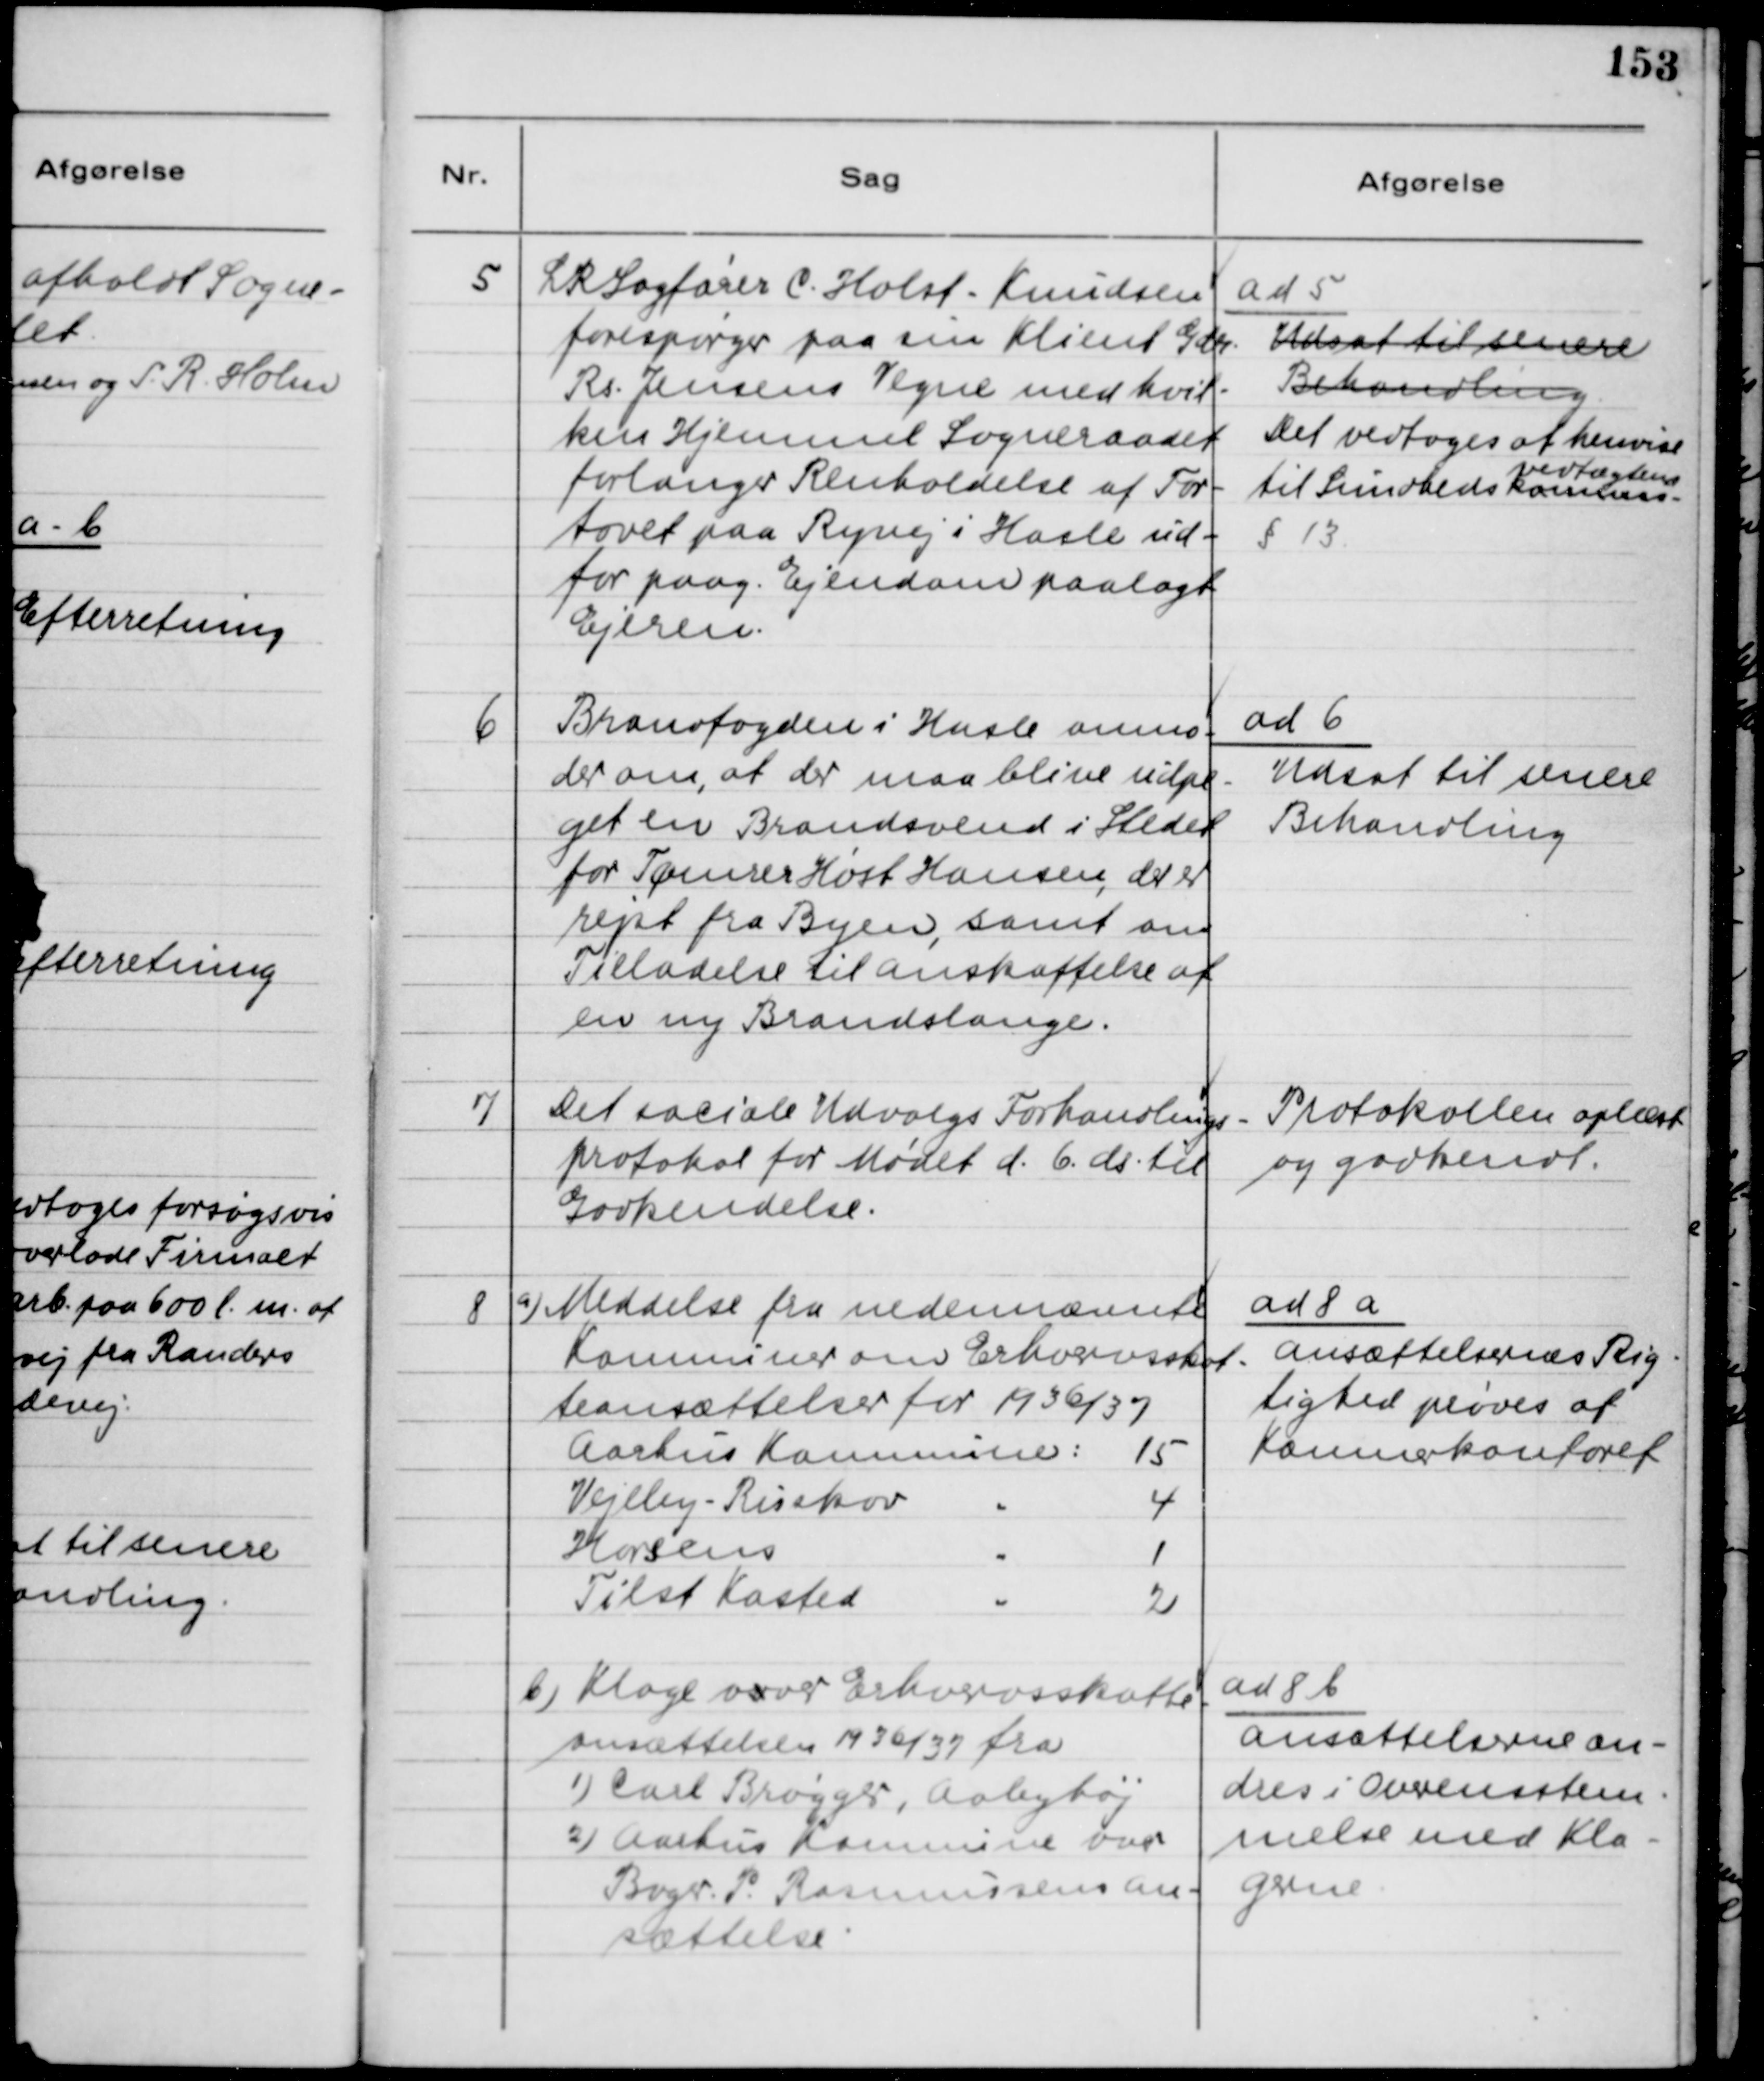
Transskription:
5
LR Sagfører C. Holst Knudsen
forespørger paa sin Klient Gdr.
Rs. Jensens Vegne med hvil-
ken Hjemmel Sogneraadet
forlanger Renholdelse af For-
tovet paa Ryvej i Hasle ud-
for paag. Ejendom paalagt
Ejeren.
ad 5
Udsat til senere
Behandling
Det vedtoges at henvise
til Sundheds
Kommune
Vedtægtens
§ 13
6
Brandfogeden i Hasle anmo-
der om, at der maa blive udpe-
get en Brandsvend i Stedet
for Tømrer Høst Hansen, der er
rejst fra Byen, samt om
Tilladelse til anskaffelse af
en ny Brandslange.
ad 6
Udsat til senere
Behaandling.
7
Det sociale Udvalgs Forhandlings-
protokol for Mødet d. 6. ds. til
Godkendelse.
Protokollen oplæst
og godkendt.
8
a) Meddelelse fra nedennævnte
Kommuner om Erhvervsskat-
teansættelser for 1936/37
Aarhus Kommune: 15
Vejlby-Risskov 4
Horsens 1
Tilst Kasted 2
ad 8 a
Ansættelsernes Rig-
tighed prøves af
Kommunekontoret.
b) Klage ovver Erhvervsskatte
ansættelsen 1936/37 fra
1) Carl Brøgger, Aabyhøj
2) Aarhus Kommune over
Bager P. Rasmussens an-
sættelse.
ad 8 b
Ansættelserne æn-
dres i Overensstem-
melse med Kla-
gerne.